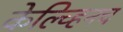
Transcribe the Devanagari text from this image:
केल्व्हिनच